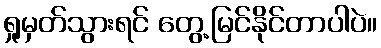
ရှုမှတ်သွားရင် တွေ့မြင်နိုင်တာပါပဲ။